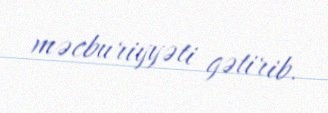
məcburiyyəti gətirib.